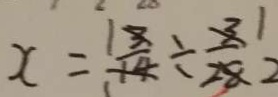
x = \frac { 3 } { 1 4 } \div \frac { 3 } { 2 8 }